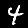
Label: 4